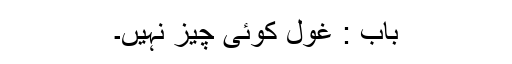
باب : غول کوئی چیز نہیں۔